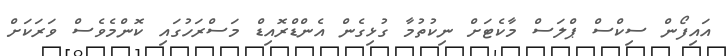
އައިފޯން ސިކްސް ޕްލަސް މާކެޓަށް ނިކުތުމާ ގުޅިގެން އެންޑްރޮއިޑް މަސްރަހުގައި ކޮންމެވެސް ވަރަކަށް